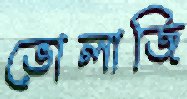
ভোলাজি